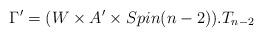
LaTeX: \begin{align*}\Gamma ' = (W \times A' \times Spin(n-2)) . T_{n-2}\end{align*}